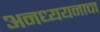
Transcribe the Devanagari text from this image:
अनध्ययनाचा